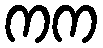
ကက